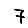
Digit: 7